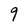
Character: 9